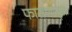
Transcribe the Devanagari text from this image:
फासणार्‍या